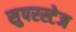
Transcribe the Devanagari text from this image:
सुपरस्टेज